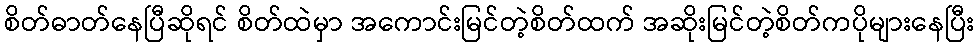
စိတ်ဓာတ်နေပြီဆိုရင် စိတ်ထဲမှာ အကောင်းမြင်တဲ့စိတ်ထက် အဆိုးမြင်တဲ့စိတ်ကပိုများနေပြီး